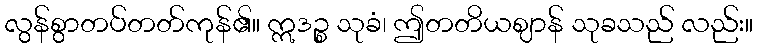
လွန်စွာတပ်တတ်ကုန်၏။ ဣဒဉ္စ သုခံ၊ ဤတတိယဈာန် သုခသည် လည်း။